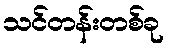
သင်တန်းတစ်ခု